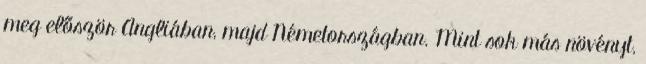
meg először Angliában, majd Németországban. Mint sok más növényt,